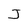
Character: J